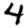
Digit: 4